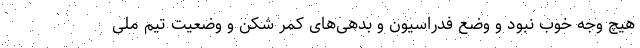
هیچ وجه خوب نبود و وضع فدراسیون و بدهی‌های کمر شکن و وضعیت تیم ملی